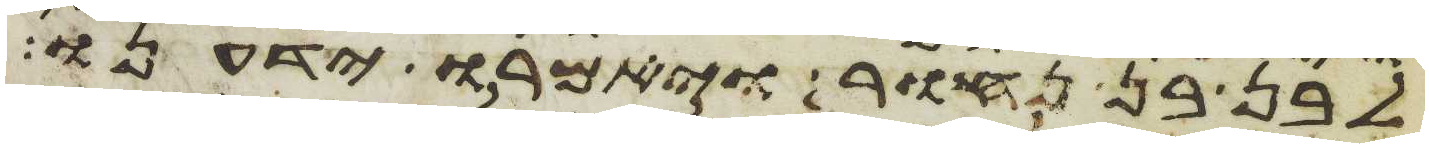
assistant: לבן בן נחור ויאמרו ידענו